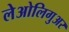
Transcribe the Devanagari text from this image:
लेओलिगुअर